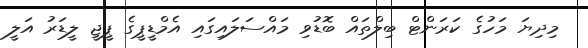
މިދިޔަ މަހުގެ ކަރަންޓް ބިލްތައް ބޮޑުވި މައްސަލައިގައި އެމްޑީޕީގެ ޕީޖީ ލީޑަރު އަލީ